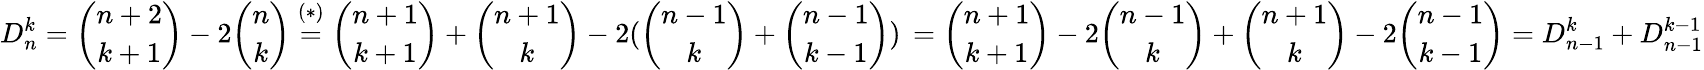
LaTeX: D_{n}^{k}=\binom{n+2}{k+1}-2\binom{n}{k}\stackrel{(*)}{=}\binom{n+1}{k+1}+\binom{n+1}{k}-2(\binom{n-1}{k}+\binom{n-1}{k-1})\, =\binom{n+1}{k+1}-2\binom{n-1}{k}+\binom{n+1}{k}-2\binom{n-1}{k-1}=D_{n-1}^{k}+D_{n-1}^{k-1}